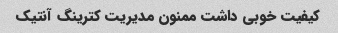
کیفیت خوبی داشت ممنون مدیریت کترینگ آنتیک